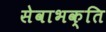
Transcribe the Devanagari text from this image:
सेवाभक्ति